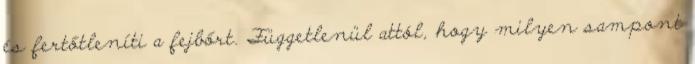
és fertőtleníti a fejbőrt. Függetlenül attól, hogy milyen sampont